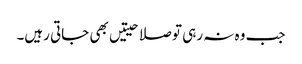
جب وہ نہ رہی تو صلاحیتیں بھی جاتی رہیں۔